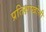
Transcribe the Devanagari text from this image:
प्रतिक्षाखोली